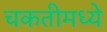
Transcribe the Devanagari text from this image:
चकतीमध्ये